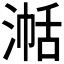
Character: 𪶞